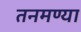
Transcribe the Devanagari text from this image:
तनमण्या